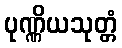
ပုဏ္ဏိယသုတ္တံ